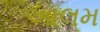
આલમ